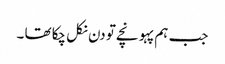
جب ہم پہو نچے تو دن نکل چکا تھا ۔